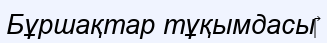
Бұршақтар тұқымдасы‎